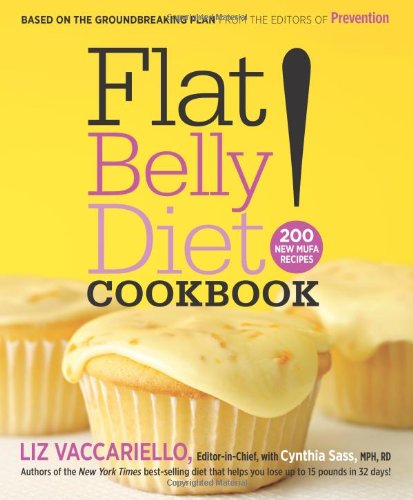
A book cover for Flat Belly Diet! Cookbook: 200 New MUFA Recipes; Liz Vaccariello; Cookbooks, Food & Wine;